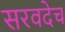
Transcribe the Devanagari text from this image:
सरवदेच